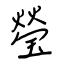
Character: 瑩